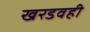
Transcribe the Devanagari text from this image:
खरडवही